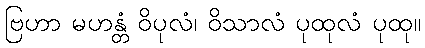
ဗြဟာ မဟန္တံ ဝိပုလံ၊ ဝိသာလံ ပုထုလံ ပုထု။